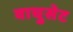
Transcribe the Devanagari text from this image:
वाचुसेट